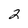
Character: 2